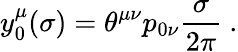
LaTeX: y_{0}^{\mu}(\sigma)=\theta^{\mu\nu}p_{0\nu}\frac{\sigma}{2\pi}~.